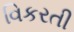
વિકરતી